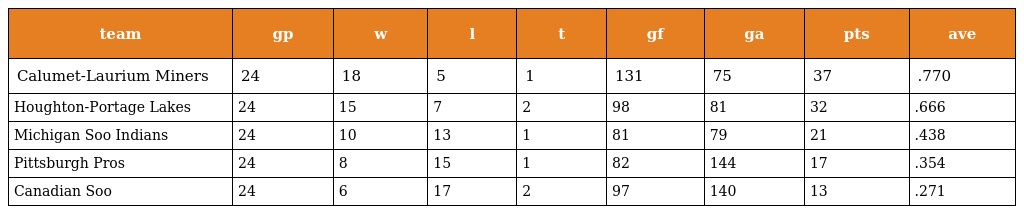
| team | gp | w | l | t | gf | ga | pts | ave |
 | --- | --- | --- | --- | --- | --- | --- | --- | --- |
 | Calumet-Laurium Miners | 24 | 18 | 5 | 1 | 131 | 75 | 37 | .770 |
 | Houghton-Portage Lakes | 24 | 15 | 7 | 2 | 98 | 81 | 32 | .666 |
 | Michigan Soo Indians | 24 | 10 | 13 | 1 | 81 | 79 | 21 | .438 |
 | Pittsburgh Pros | 24 | 8 | 15 | 1 | 82 | 144 | 17 | .354 |
 | Canadian Soo | 24 | 6 | 17 | 2 | 97 | 140 | 13 | .271 |